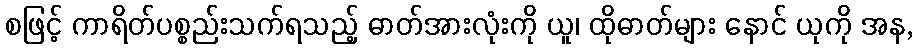
စဖြင့် ကာရိတ်ပစ္စည်းသက်ရသည့် ဓာတ်အားလုံးကို ယူ၊ ထိုဓာတ်များ နောင် ယုကို အန,